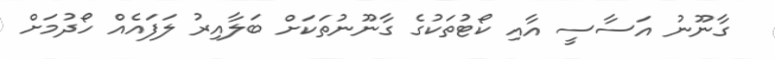
ގާނޫނު އަސާސީ އާއި ކޯޓުތަކުގެ ގާނޫނުތަކަށް ބަލާއިރު ލަފައެއް ހޯދުމަށް